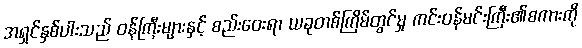
အရှင်နှစ်ပါးသည် ဝန်ကြီးများနှင့် စည်းဝေးရာ ယခုတစ်ကြိမ်တွင်မှု ကင်းဝန်မင်းကြီး၏စကားကို